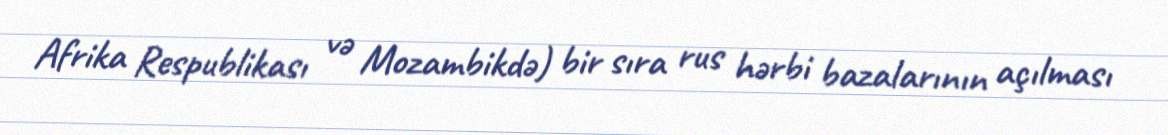
Afrika Respublikası və Mozambikdə) bir sıra rus hərbi bazalarının açılması